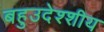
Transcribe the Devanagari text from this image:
बहुउदेश्शीय